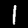
Label: 1